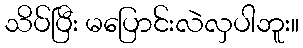
သိပ်ပြီး မပြောင်းလဲလှပါဘူး။